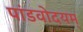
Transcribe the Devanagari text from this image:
पांडवोदयम्